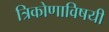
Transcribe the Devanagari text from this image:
त्रिकोणाविषयी